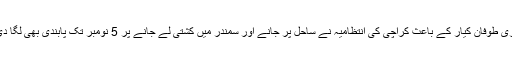
سمندری طوفان کیار کے باعث کراچی کی انتظامیہ نے ساحل پر جانے اور سمندر میں کشتی لے جانے پر 5 نومبر تک پابندی بھی لگا دی ہے۔